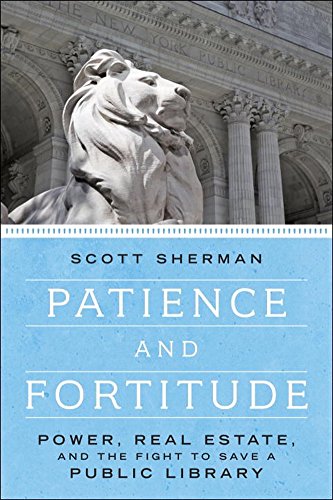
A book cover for Patience and Fortitude: Power, Real Estate, and the Fight to Save a Public Library; Scott Sherman; Politics & Social Sciences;